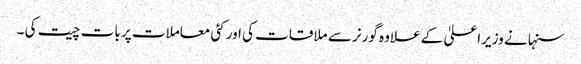
سنہا نے وزیراعلیٰ کے علاوہ گورنر سے ملاقات کی اور کئی معاملات پر بات چیت کی ۔